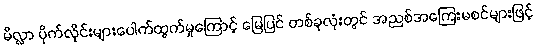
မိလ္လာ ပိုက်လိုင်းများပေါက်ထွက်မှုကြောင့် မြေပြင် တစ်ခုလုံးတွင် အညစ်အကြေးမစင်များဖြင့်